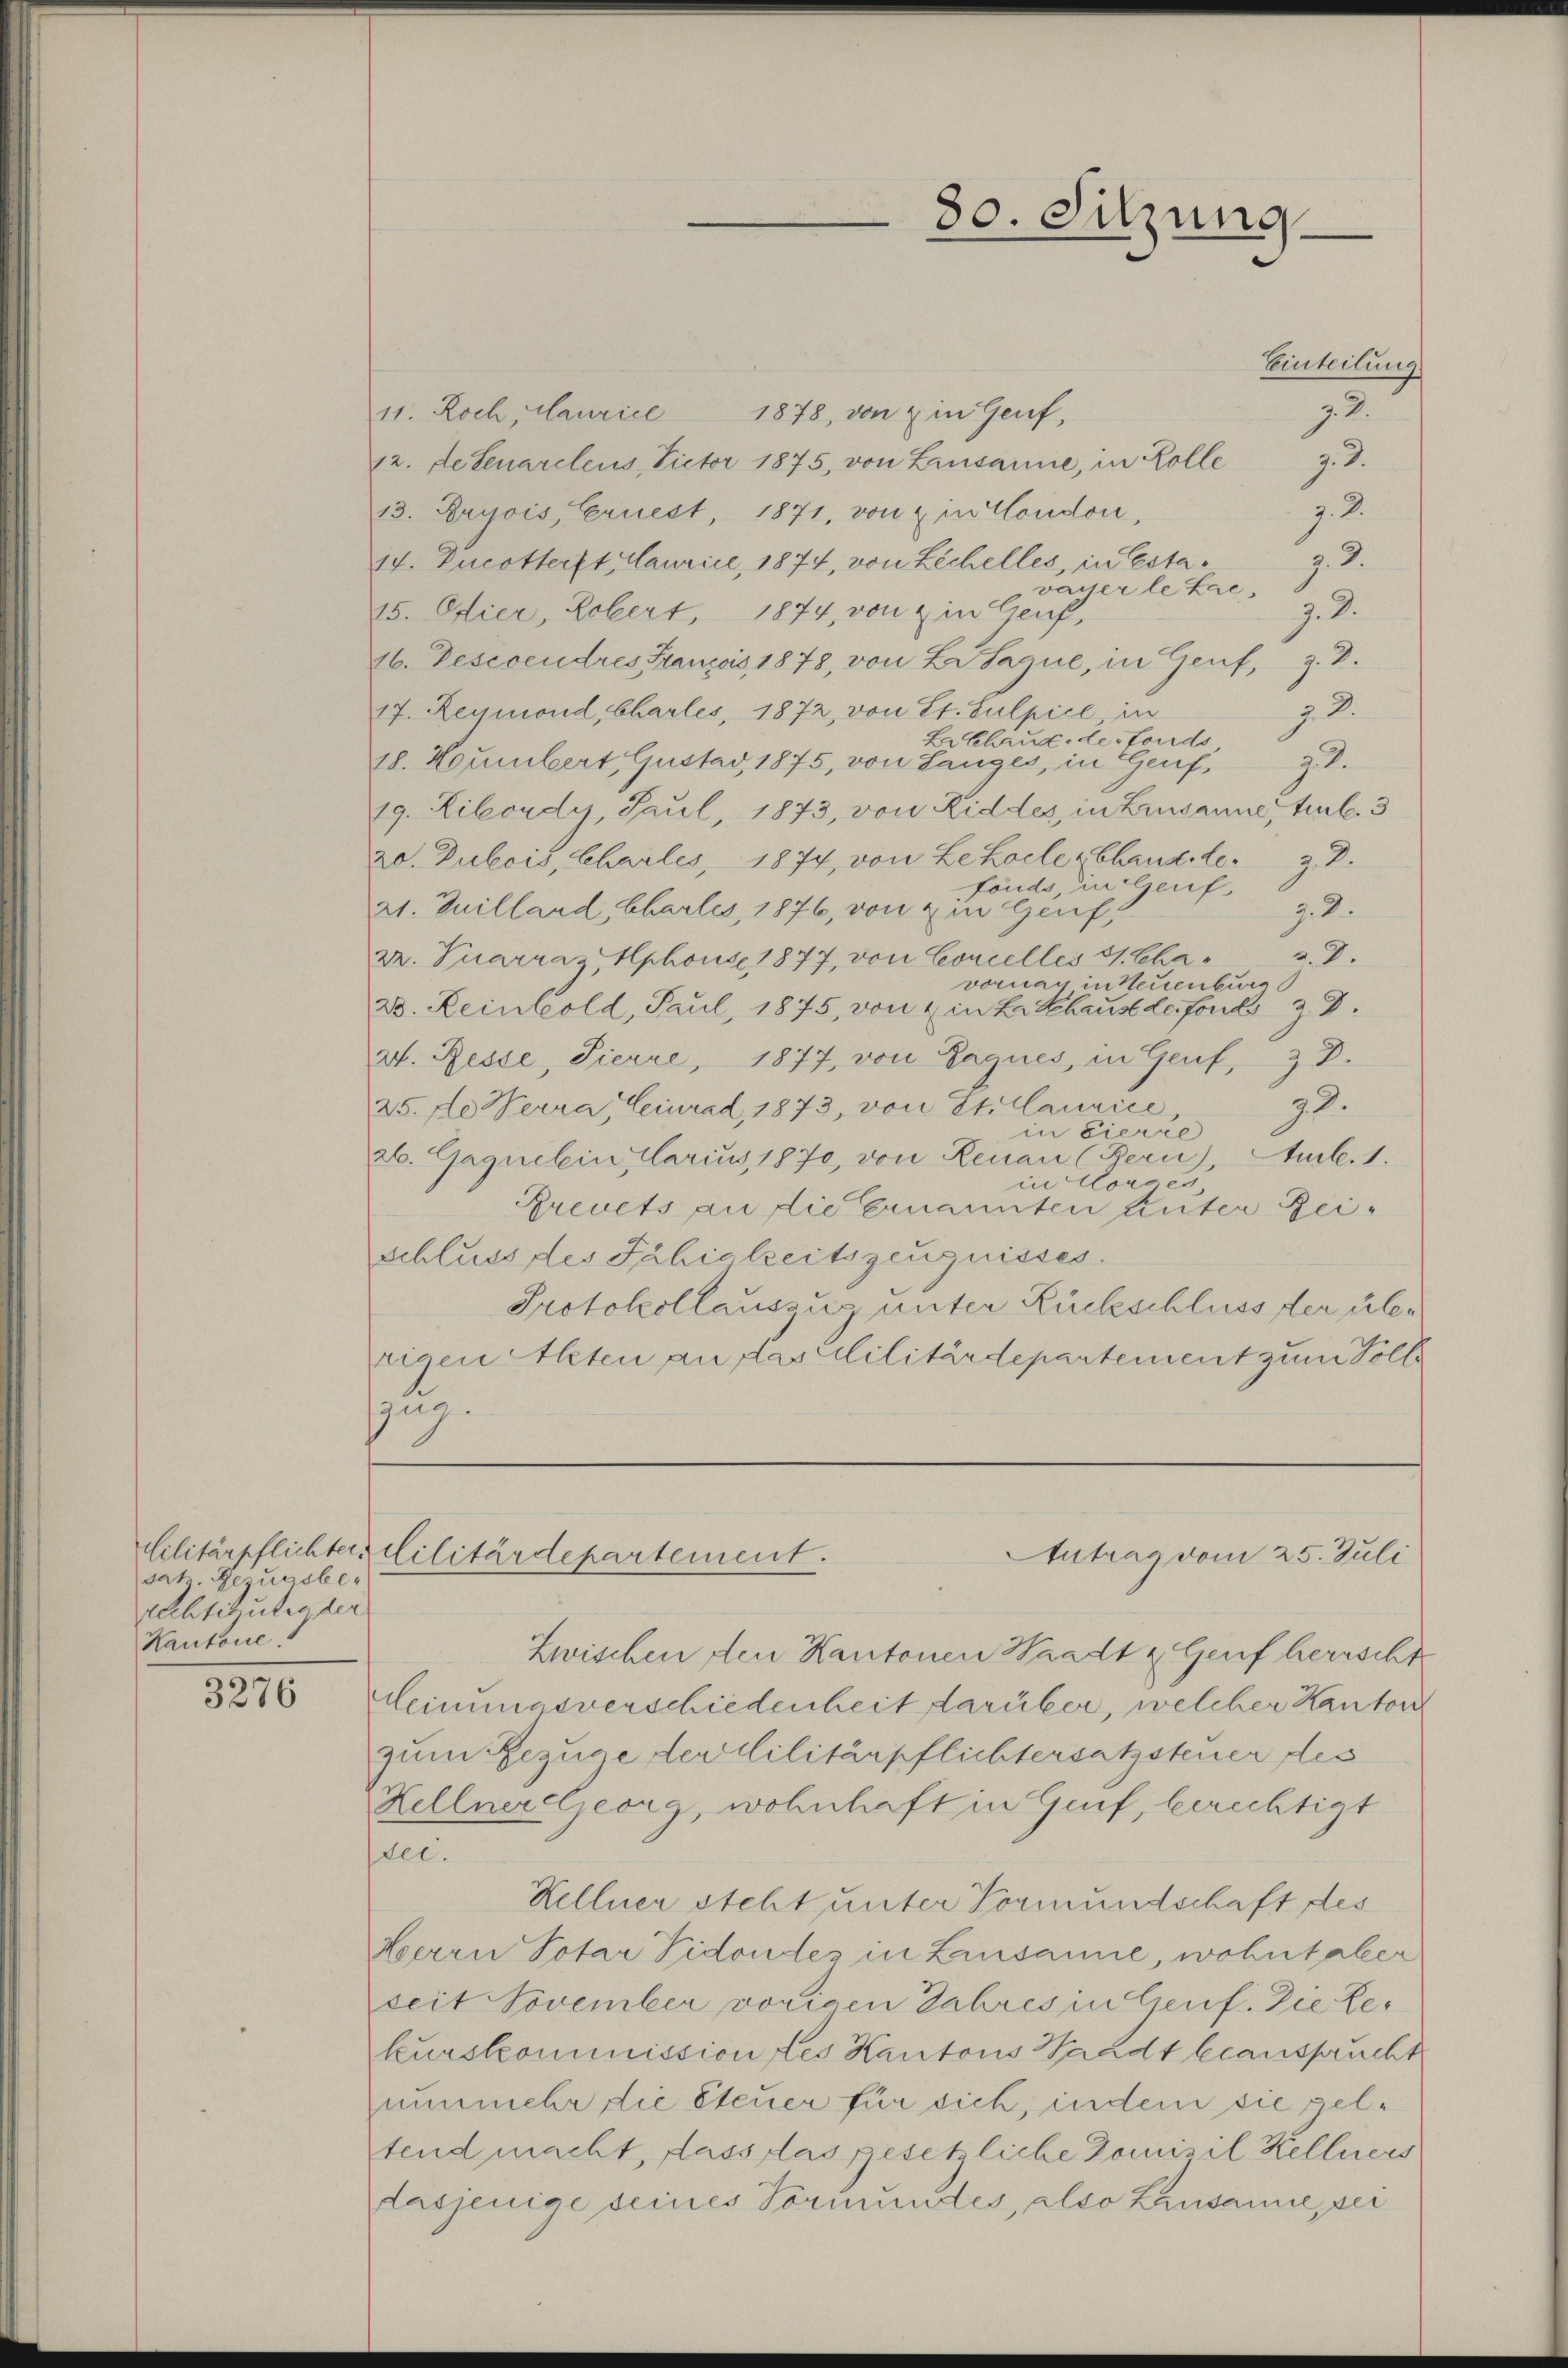
sat Bezugsbe¬
Rechtiguten der
Kantone.

3276

80. Sitzung

11. Roch, Mauricl 1878, von & in Genf,
12. detenarcleus, Victor 1875, von Lausanne, in Zolle 3.
j. 2.
13. Bryois, Ernest, 1871, von in Condon,
7.3.
14. Ducotterft, aurice, 1874, von Löchelles, in Estavayer le Lae,
7. d.
15. Eier, Robert, 1874, von & in Genf,
16. Descendres Franzis, 1878, von L. Sague, in Genf, z. B.
72.
17. Reymond, Chartes, 1872, von St. Sulpice in
Lalhaus der fonds
18. Noumbert Gustad, 1875, von Langes, in Genf,
73.
19. Libordy, Paul, 1873, von Riddes, in Lausanne, Al. 3
20. Dubois, Charles, 1874, von Lehocle-Canzler z. B.
fonds, in ih
z.2.
21. Juillard, Chartes, 1876, von ein Genf,
72.
zr. Puarraz, Hphouse 1877, von Concelles 31. Chavornay in Neuenburg
23. Reinhold, Paul, 1875, von 4 in La Chaus de fonds z D.
2. Resse, Pierre, 1877, von Zagues, in Genf, 3 D.
92.
25. Je Werra, Heinrad, 1873, von Stilaurice
in Fierze
26. Gagnelein Clarius, 1870, von Renau (Bern), Amb.1.
in Corges,
Grevets an die Ernannten Unter Zeischluss des Fähigkeitszeugnisses.
Protokollauszug unter Rückschluss der über
tigen Alten an das Militärdepartement zum Volle
zug.

Cilitärpflichters Militärdepartement.
Antrag vom 25. Juli

Einteilung
J. 2.

Zwischen den Kantonen Waadt Genf herrscht
Meinungsverschiedenheit darüber, welcher Kanton
zum Bezuge der Militärpflichtersatzsteuer des
Hellnereljeorg, wohnhaft in Genf, berechtigt
tei.
Hellner steht unter Vormundschaft des
Herrn Potar Vidondes in Lausanne, wohnt aber
seit November vorigen Jahres in Genf. Die Rekurskommission des Kantons Waadt beansprucht
nunmehr die Steuer für sich, indem sie geltend macht, dass das gesetzliche Domizil Kellners
dasjenige seines Vormundes, also Lausanne, sei